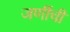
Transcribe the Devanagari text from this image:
जणींची